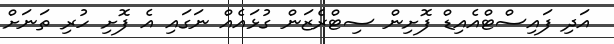
އަދި ފައިސްޓްއެއިޑް ފޮށިން ސިޓްރެޒަން ގުޅައެއް ނަގައި އެ ފޮށި ހުރި ތަނަށް